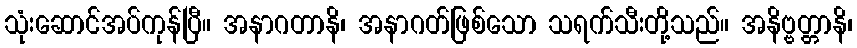
သုံးဆောင်အပ်ကုန်ပြီ။ အနာဂတာနိ၊ အနာဂတ်ဖြစ်သော သရက်သီးတို့သည်။ အနိဗ္ဗတ္တာနိ၊